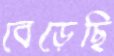
বেড়েছি